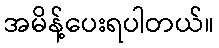
အမိန့်ပေးရပါတယ်။